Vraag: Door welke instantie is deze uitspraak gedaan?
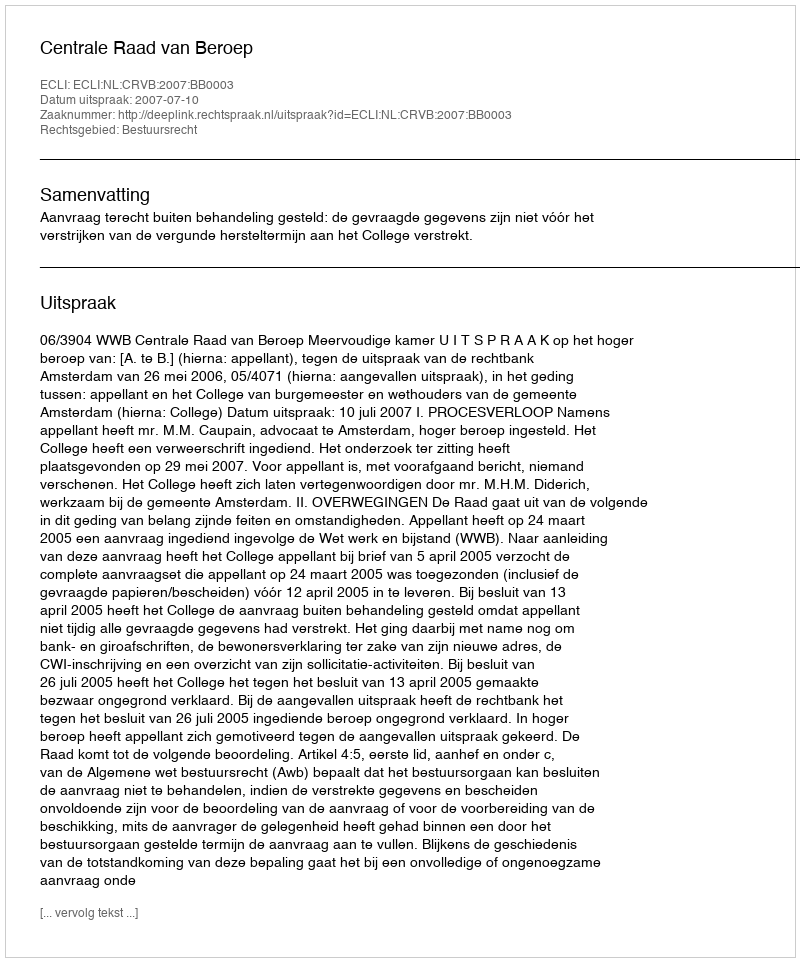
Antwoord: Centrale Raad van Beroep